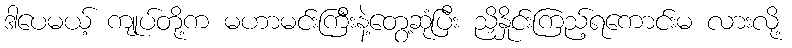
ဒါပေမယ့် ကျုပ်တို့က မဟာမင်းကြီးနဲ့တွေ့ဆုံပြီး ညှိနှိုင်းကြည့်ရကောင်းမ လားလို့